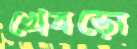
খেবড়ো